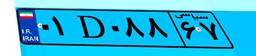
۰۱D۰۸۸۶۷